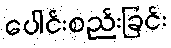
ပေါင်းစည်းခြင်း